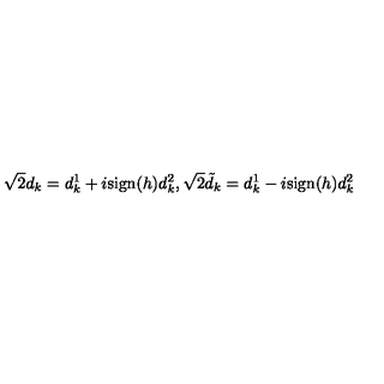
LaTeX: \sqrt { 2 } d _ { k } = d _ { k } ^ { 1 } + i \mathrm { s i g n } ( h ) d _ { k } ^ { 2 } , \sqrt { 2 } \tilde { d } _ { k } = d _ { k } ^ { 1 } - i \mathrm { s i g n } ( h ) d _ { k } ^ { 2 }